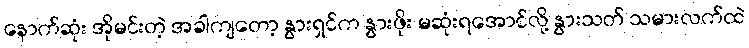
နောက်ဆုံး အိုမင်းတဲ့ အခါကျတော့ နွားရှင်က နွားဖိုး မဆုံးရအောင်လို့ နွားသတ် သမားလက်ထဲ